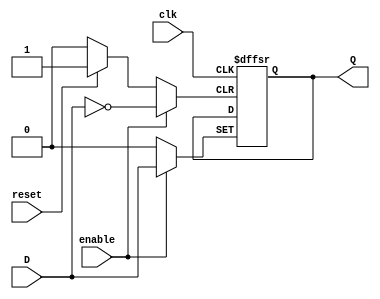
///// ELECTRNICA DIGITAL 1
///// AXEL MAZARIEGOS - 131212
///// 29 - OCTUBRE - 2020
/////
///// LABORATORIO 09
///// EJERCICIO 01


// Flip Flop tipo D
module FFD(input wire clk, reset, enable, D, output reg Q);

  always @(posedge clk or posedge reset or posedge enable)
    begin
      if (reset) Q <= 1'b0;
      else if (enable) Q <= D;
      else Q <= Q;
    end

endmodule


// Flip Flop tipo D de 2 bits
module FFD2(input wire clk, reset, enable, input wire [1:0] D, output wire [1:0] Q);

  FFD U1(clk, reset, enable, D[1], Q[1]);
  FFD U2(clk, reset, enable, D[0], Q[0]);

endmodule


// Flip Flop tipo D de 4 bits
module FFD4(input wire clk, reset, enable, input wire [3:0] D, output wire [3:0] Q);

  FFD U1(clk, reset, enable, D[3], Q[3]);
  FFD U2(clk, reset, enable, D[2], Q[2]);
  FFD U3(clk, reset, enable, D[1], Q[1]);
  FFD U4(clk, reset, enable, D[0], Q[0]);

endmodule